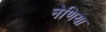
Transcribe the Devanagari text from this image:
नेणिया